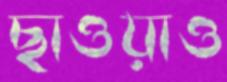
ছাওয়াও